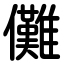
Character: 儺